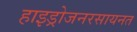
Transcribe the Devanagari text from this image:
हाइड्रोजनरसायनत